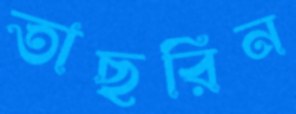
তাছরিন